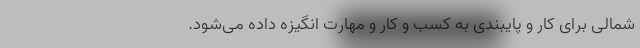
شمالی برای کار و پایبندی به کسب و کار و مهارت انگیزه داده می‌شود.